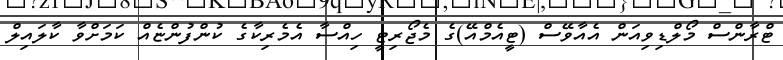
ޓްރާންސް މޯލްޑިވިއަން އެއާވޭސް (ޓީއެމްއޭ)ގެ މެޖޯރިޓީ ހިއްސާ އެމެރިކާގެ ކުންފުންޏެއް ކަމަށްވާ ކާލައިލް